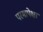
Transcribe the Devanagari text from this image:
परमापेक्षा